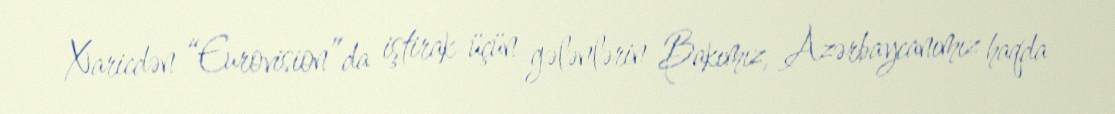
Xaricdən “Eurovision”da iştirak üçün gələnlərin Bakımız, Azərbaycanımız haqda